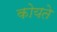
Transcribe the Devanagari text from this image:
कोयते